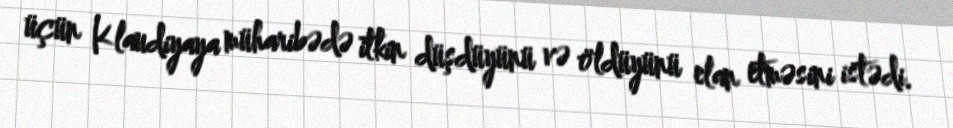
üçün Klaudiyaya müharibədə itkin düşdüyünü və öldüyünü elan etməsini istədi.